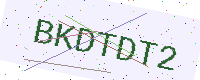
Text: BKDTDT2